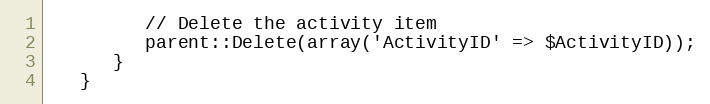
Language: PHP
         // Delete the activity item
         parent::Delete(array('ActivityID' => $ActivityID));
      }
   }